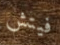
فيتش